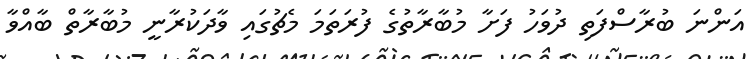
އަންނަ ބުރާސްފަތި ދުވަހު ފަށާ މުބާރާތުގެ ފުރަތަމަ މެޗުގައި ވާދަކުރާނީ މުބާރާތް ބާއްވާ